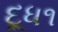
દૂધ૧